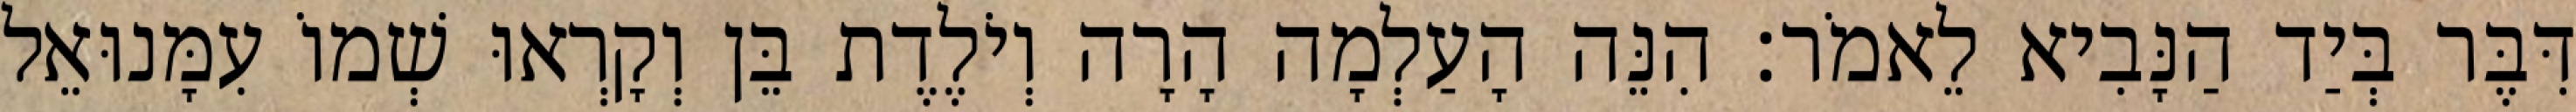
דִּבֶּר בְּיַד הַנָּבִיא לֵאמֹר׃ הִנֵּה הָעַלְמָה הָרָה וְיֹלֶדֶת בֵּן וְקָרְאוּ שְׁמוֹ עִמָּנוּאֵל